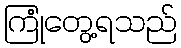
ကြုံတွေ့ရသည်